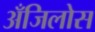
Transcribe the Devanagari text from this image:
अँजिलोस